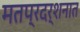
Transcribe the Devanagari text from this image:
मतप्रदर्शनात